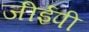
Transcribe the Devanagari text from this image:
जीईपी